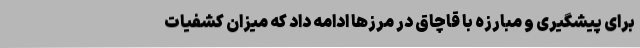
برای پیشگیری و مبارزه با قاچاق در مرزها ادامه داد که میزان کشفیات